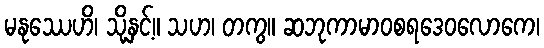
မနုဿေဟိ၊ သို့နှင့်။ သဟ၊ တကွ။ ဆဘုကာမာဝစရဒေဝလောကေ၊